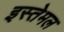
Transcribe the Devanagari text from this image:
इस्तेमल